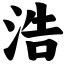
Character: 浩